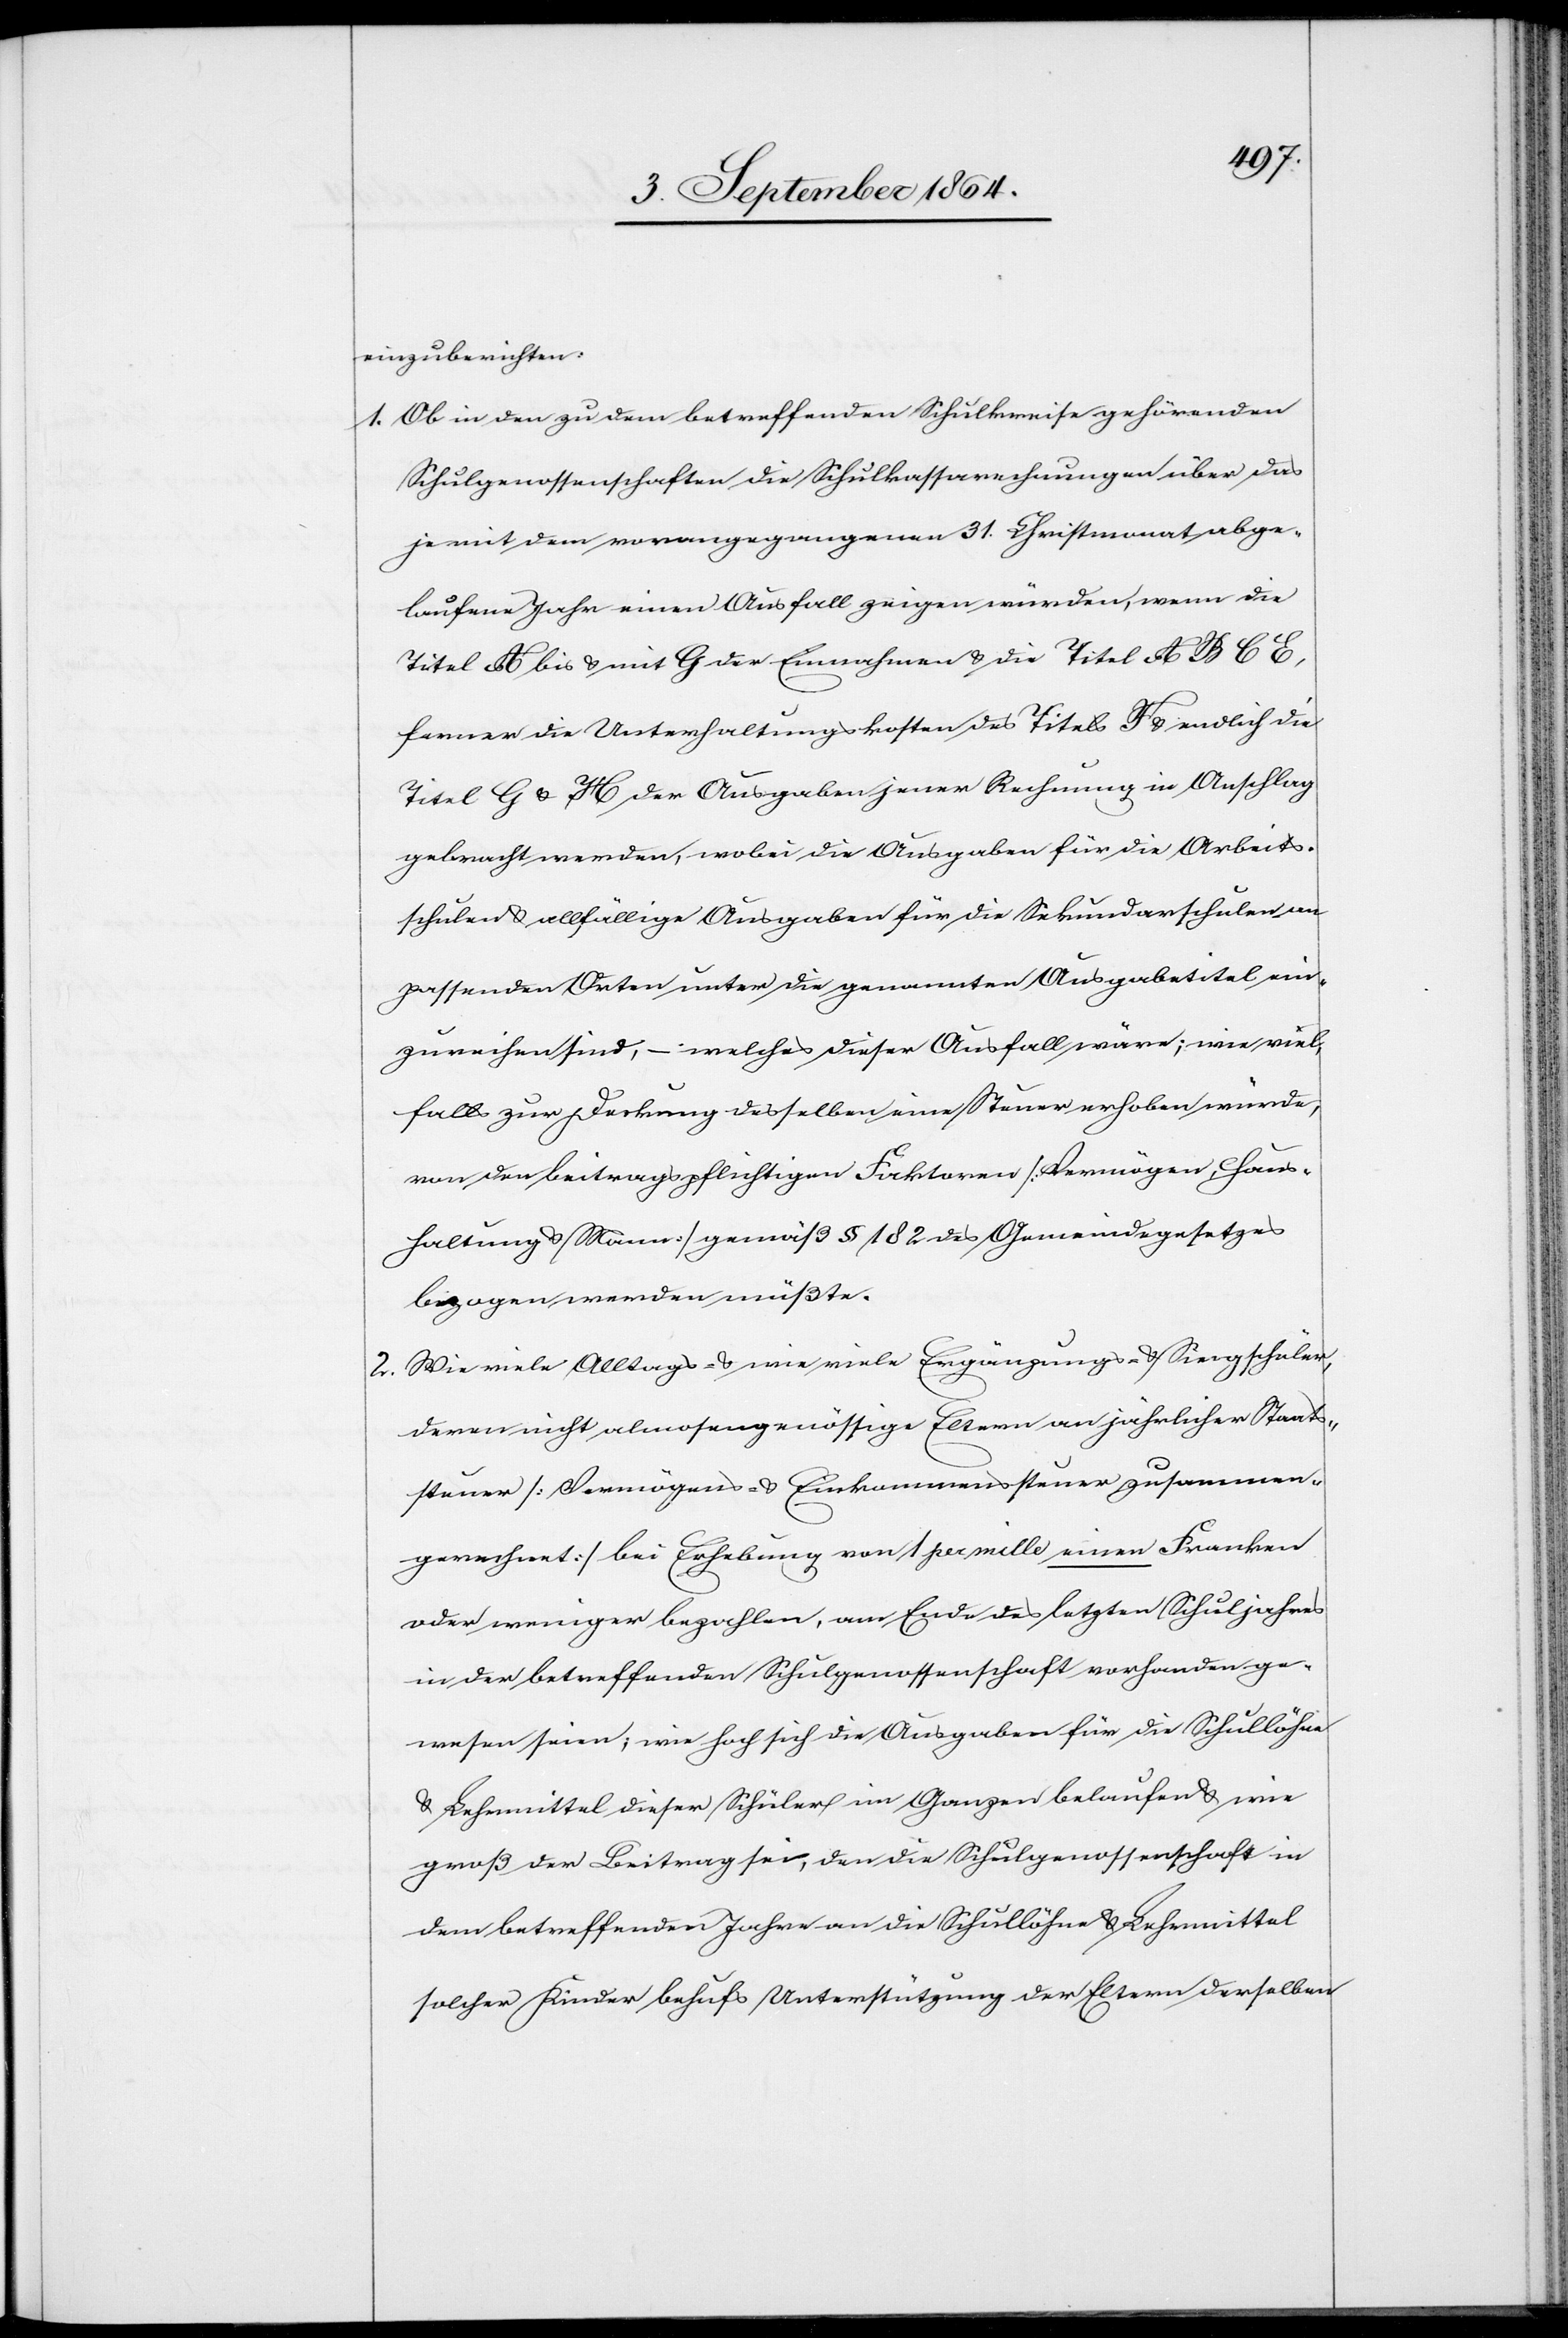
einzuberichten:
1.	Ob in den zu dem betreffenden Schulkreise gehörenden
Schulgenossenschaften die Schulkassarechnungen über das
je mit dem vorangegangenen 31. Christmonat abge¬
laufene Jahr einen Ausfall zeigen würden, wenn die
Titel A bis & mit G der Einnahmen & die Titel A B C E,
ferner die Unterhaltungskosten des Titels F & endlich die
Titel G & H der Aufgaben jener Rechnung in Anschlag
gebracht werden, wobei die Ausgaben für die Arbeits¬
schulen & allfällige Ausgaben für die Sekundarschulen an
passenden Orten unter die genannten Ausgabetitel ein¬
zureichen sind, – welches dieser Ausfall wäre; wie viel,
falls zur Deckung desselben eine Steuer erhoben würde,
von den beitragspflichtigen Faktoren [Vermögen, Haus¬
haltung & Mann] gemäß § 182 des Gemeindegesetzes
bezogen werden müßte.
2.	Wie viele Alltags- & wie viele Ergänzungs- & Singschüler,
deren nicht almosengenössige Eltern an jährlicher Staats¬
steuer [Vermögens- & Einkommenssteuer zusammen¬
gerechnet] bei Erhebung von 1 per mille einen Franken
oder weniger bezahlen, am Ende des letzten Schuljahres
in der betreffenden Schulgenossenschaft vorhanden ge¬
wesen seien; wie hoch sich die Ausgaben für die Schullöhne
& Lehrmittel dieser Schüler im Ganzen belaufen & wie
groß der Beitrag sei, den die Schulgenossenschaft in
dem betreffenden Jahre an die Schullöhne & Lehrmittel
solcher Kinder behufs Unterstützung der Eltern derselben